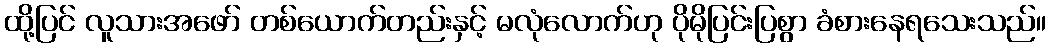
ထို့ပြင် လူသားအဖော် တစ်ယောက်တည်းနှင့် မလုံလောက်ဟု ပိုမိုပြင်းပြစွာ ခံစားနေရသေးသည်။